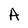
Character: A